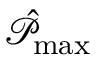
\hat { \mathcal { P } } _ { \operatorname* { m a x } }